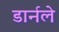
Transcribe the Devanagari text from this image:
डार्नले